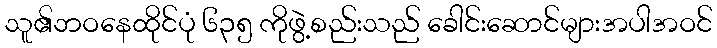
သူ၏ဘဝနေထိုင်ပုံ ၆၃၅ ကိုဖွဲ့စည်းသည် ခေါင်းဆောင်များအပါအဝင်